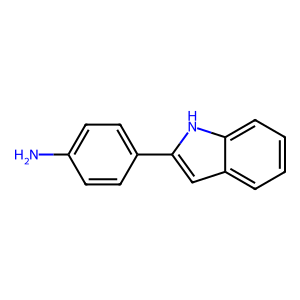
SMILES: Nc1ccc(-c2cc3ccccc3[nH]2)cc1
Inhibits HIV replication: No